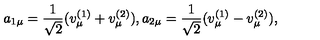
a _ { 1 \mu } = \frac { 1 } { \sqrt { 2 } } ( v _ { \mu } ^ { ( 1 ) } + v _ { \mu } ^ { ( 2 ) } ) , a _ { 2 \mu } = \frac { 1 } { \sqrt { 2 } } ( v _ { \mu } ^ { ( 1 ) } - v _ { \mu } ^ { ( 2 ) } ) ,